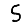
Digit: 5